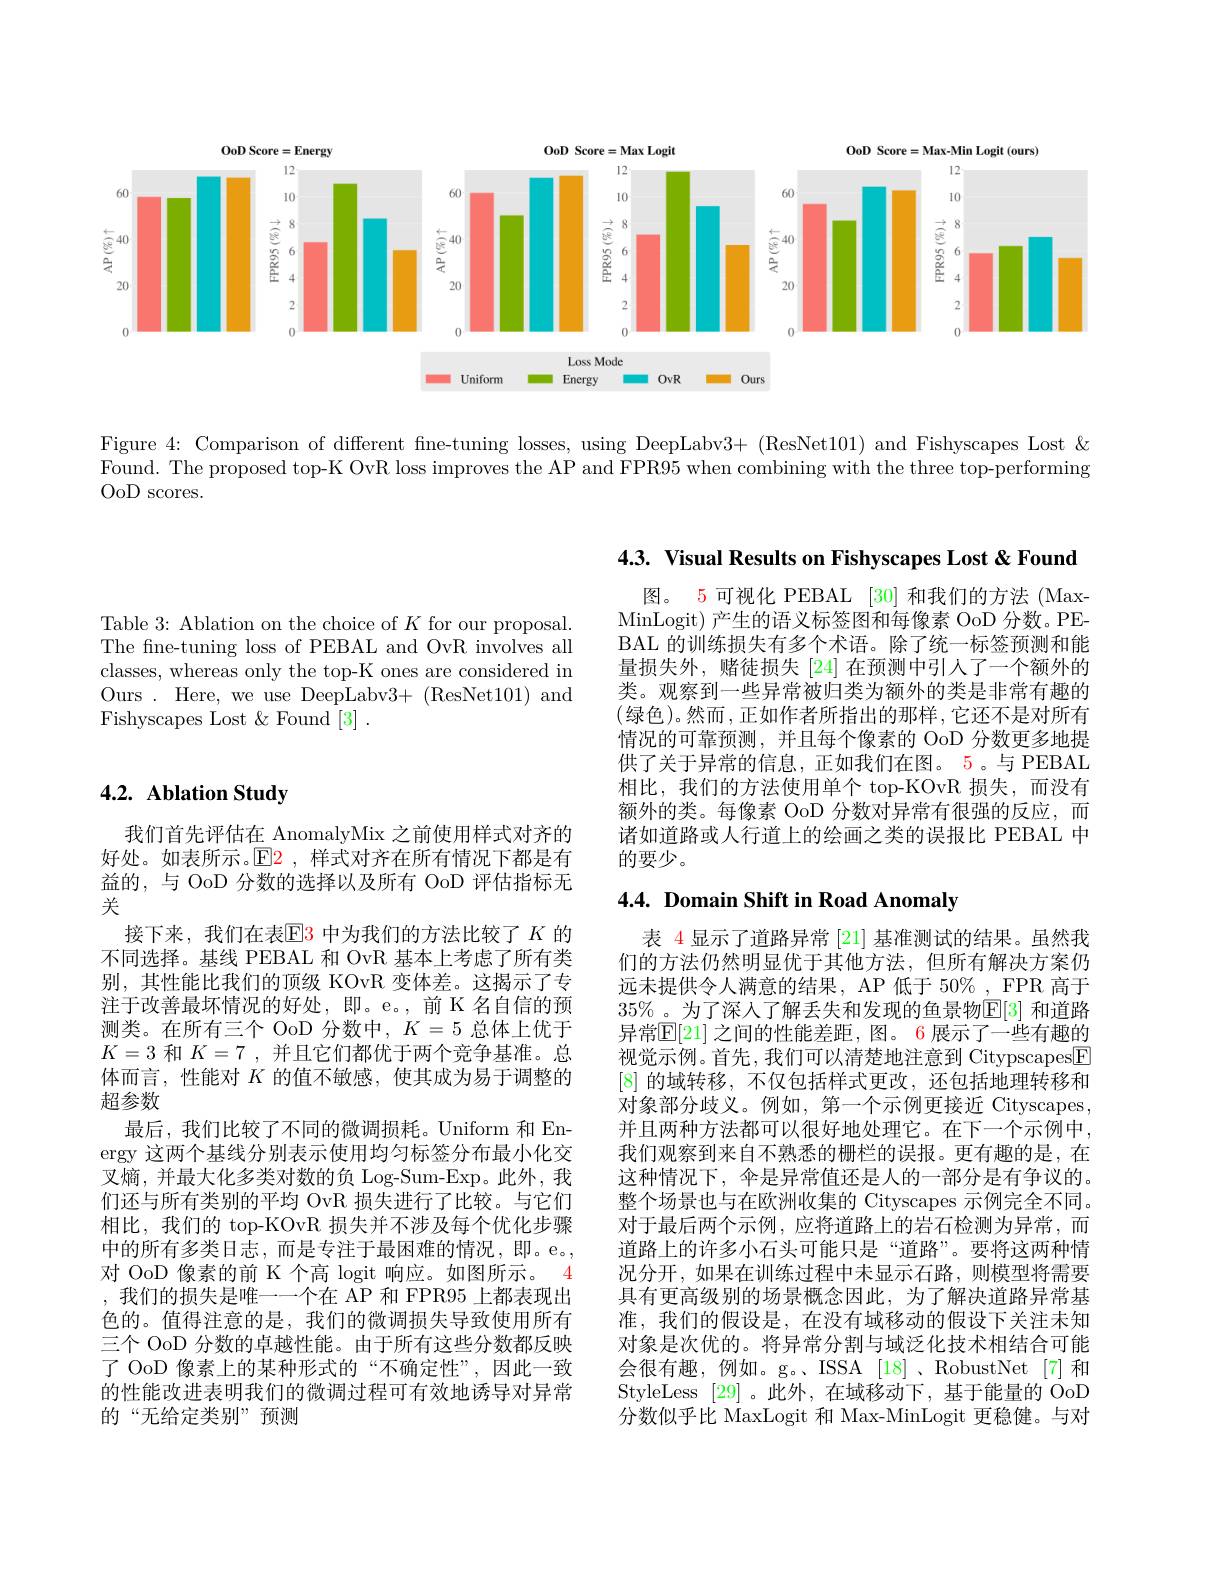
<FigureHere>

Figure 4: Comparison of different fne-tuning losses, using DeepLabv3+ (ResNet101) and Fishyscapes Lost &

$\bar{\text{Found. The proposed top-K OvR loss improves the AP and FPR95 when combining with the three top-performing}}$

OoD scores.

Table 3: Ablation on the choice of $K$ for our proposal. The fine-tuning loss of PEBAL and OvR involves all classes, whereas only the top-K ones are considered in Ours. Here, we use DeepLabv3+ (ResNet101) and Fishyscapes Lost & Found [3] .

## 4.2. Ablation Study

我们首先评估在 AnomalyMix 之前使用样式对齐的好处。如表所示。$\operatorname{E2}$,样式对齐在所有情况下都是有益的，与 OoD 分数的选择以及所有 OoD 评估指标无关
接下来，我们在表$\color{red}{\mathrm{E3}}$中为我们的方法比较了$K$的不同选择。基线 PEBAL 和 OvR 基本上考虑了所有类别，其性能比我们的顶级 KOvR 变体差。这揭示了专注于改善最坏情况的好处，即。e。,前 K 名自信的预测类。在所有三个 OoD 分数中，$K=5$总体上优于$K=3$和$K=7$ ,并且它们都优于两个竞争基准。总体而言，性能对$K$的值不敏感，使其成为易于调整的超参数
最后，我们比较了不同的微调损耗。Uniform 和 Energy 这两个基线分别表示使用均匀标签分布最小化交叉熵，并最大化多类对数的负 Log-Sum-Exp。此外，我们还与所有类别的平均 OvR 损失进行了比较。与它们相比，我们的 top-KOvR 损失并不涉及每个优化步骤中的所有多类日志，而是专注于最困难的情况，即。e。, 对 OoD 像素的前 K 个高 logit 响应。如图所示。4 ,我们的损失是唯一一个在 AP 和 FPR95 上都表现出色的。值得注意的是，我们的微调损失导致使用所有三个 OoD 分数的卓越性能。由于所有这些分数都反映了 OoD 像素上的某种形式的“不确定性”,因此一致的性能改进表明我们的微调过程可有效地诱导对异常的“无给定类别”预测

4.3. Visual Results on Fishyscapes Lost & Found

图。5 可视化 PEBAL [30] 和我们的方法 (MaxMinLogit)产生的语义标签图和每像素 OoD 分数。PEBAL 的训练损失有多个术语。除了统一标签预测和能量损失外，赌徒损失[24]在预测中引人了一个额外的类。观察到一些异常被归类为额外的类是非常有趣的(绿色)。然而，正如作者所指出的那样，它还不是对所有情况的可靠预测，并且每个像素的 OoD 分数更多地提供了关于异常的信息，正如我们在图。5。与 PEBAL 相比，我们的方法使用单个 top-KOvR 损失，而没有额外的类。每像素 OoD 分数对异常有很强的反应，而诸如道路或人行道上的绘画之类的误报比 PEBAL 中的要少。

## $4. 4. \textbf{ Domain Shift in Road Anomaly}$

表 4 显示了道路异常 [21] 基准测试的结果。虽然我们的方法仍然明显优于其他方法，但所有解决方案仍远未提供令人满意的结果，AP 低于 50% , FPR 高于$35\%$。为了深人了解丢失和发现的鱼景物$\overline{\mathrm{E}}[3]$ 和道路异常$\mathbb{E}[21]$ 之间的性能差距，图。6 展示了一些有趣的视觉示例。首先，我们可以清楚地注意到 Citypscapes$\boxed{\mathrm{F}}$ [8]的域转移，不仅包括样式更改，还包括地理转移和对象部分歧义。例如，第一个示例更接近 Cityscapes, 并且两种方法都可以很好地处理它。在下一个示例中， 我们观察到来自不熟悉的栅栏的误报。更有趣的是，在这种情况下，伞是异常值还是人的一部分是有争议的。整个场景也与在欧洲收集的 Cityscapes 示例完全不同。对于最后两个示例，应将道路上的岩石检测为异常，而道路上的许多小石头可能只是“道路”。要将这两种情况分开，如果在训练过程中未显示石路，则模型将需要具有更高级别的场景概念因此，为了解决道路异常基准，我们的假设是，在没有域移动的假设下关注未知对象是次优的。将异常分割与域泛化技术相结合可能会很有趣，例如。g。、ISSA[18]、RobustNet[7]和StyleLess [29]。此外，在域移动下，基于能量的 OoD 分数似乎比 MaxLogit 和 Max-MinLogit 更稳健。与对